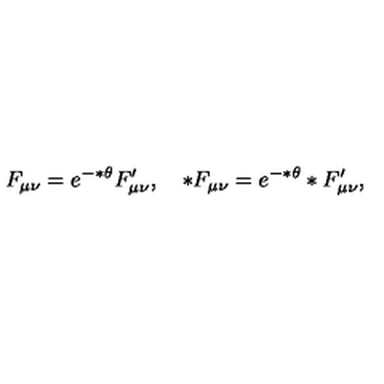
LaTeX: F _ { \mu \nu } = e ^ { - * \theta } F _ { \mu \nu } ^ { \prime } , \quad * F _ { \mu \nu } = e ^ { - * \theta } * F _ { \mu \nu } ^ { \prime } ,